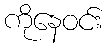
ကိုနေဝင်း